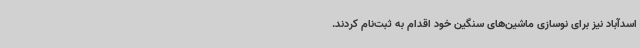
اسدآباد نیز برای نوسازی ماشین‌های سنگین خود اقدام به ثبت‌نام کردند.